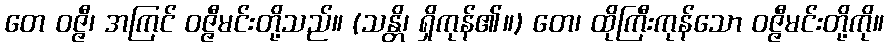
တေ ဝဇ္ဇီ၊ အကြင် ဝဇ္ဇီမင်းတို့သည်။ (သန္တိ၊ ရှိကုန်၏။) တေ၊ ထိုကြီးကုန်သော ဝဇ္ဇီမင်းတို့ကို။